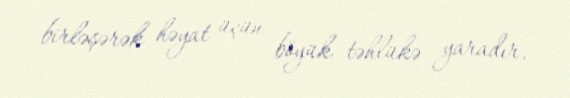
birləşərək həyat üçün böyük təhlükə yaradır.